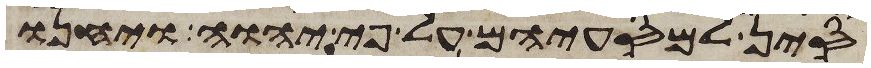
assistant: סין למסעיהם על פי יהוה ויחנו